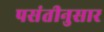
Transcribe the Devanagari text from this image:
पसंतीनुसार